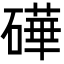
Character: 𬒢